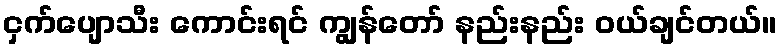
ငှက်ပျောသီး ကောင်းရင် ကျွန်တော် နည်းနည်း ဝယ်ချင်တယ်။